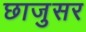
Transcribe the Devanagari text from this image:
छाजुसर